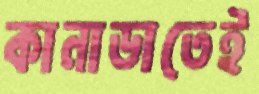
কানাডাতেই